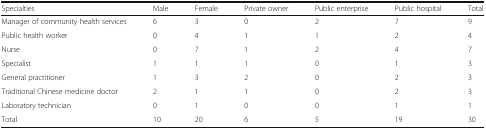
| Specialties | Male | Female | Private owner | Public enterprise | Public hospital | Total |
 | --- | --- | --- | --- | --- | --- | --- |
 | Manager of community health services | 6 | 3 | 0 | 2 | 7 | 9 |
 | Public health worker | 0 | 4 | 1 | 1 | 2 | 4 |
 | Nurse | 0 | 7 | 1 | 2 | 4 | 7 |
 | Specialist | 1 | 1 | 1 | 0 | 1 | 3 |
 | General practitioner | 1 | 3 | 2 | 0 | 2 | 3 |
 | Traditional Chinese medicine doctor | 2 | 1 | 1 | 0 | 2 | 3 |
 | Laboratory technician | 0 | 1 | 0 | 0 | 1 | 1 |
 | Total | 10 | 20 | 6 | 5 | 19 | 30 |